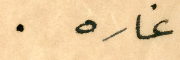
غاره.